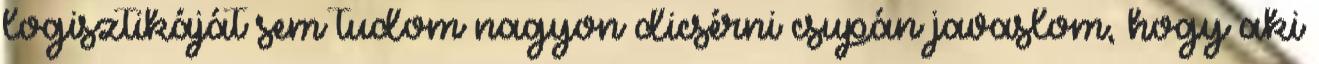
logisztikáját sem tudom nagyon dicsérni csupán javaslom, hogy aki